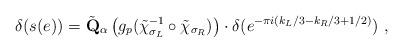
LaTeX: \begin{align*} \delta(s(e)) = \tilde{\mathbf{Q}}_{\alpha}\left( g_p(\tilde{\chi}_{\sigma_L}^{-1} \circ \tilde{\chi}_{\sigma_R})\right)\cdot\delta (e^{-\pi i(k_L/3-k_R/3+1/2)}) \ , \end{align*}